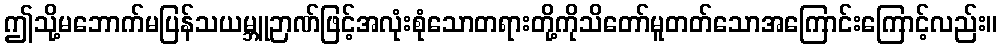
ဤသို့မဘောက်မပြန်သယမ္ဘူဉာဏ်ဖြင့်အလုံးစုံသောတရားတို့ကိုသိတော်မူတတ်သောအကြောင်းကြောင့်လည်း။